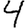
Digit: 4